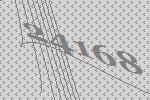
24168